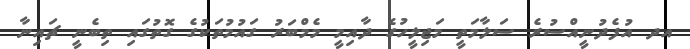
އދ އުފެދުނީއްސުރެ ސަލާމަތީ މަޖިލީހުގެ ދާއިމީ މެމްބަރު ގައުމުތަކުގެ ގޮތުގައި ތިބެނީ ޗައިނާ